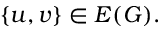
\{ u , v \} \in E ( G ) .